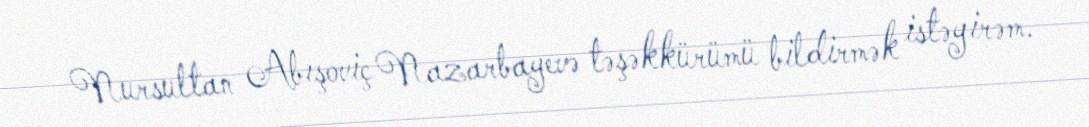
Nursultan Abışoviç Nazarbayevə təşəkkürümü bildirmək istəyirəm.